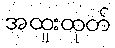
အထူးထုတ်